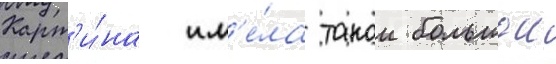
Карт'и́на им'е́ла такои большои